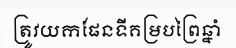
ត្រូវយកផែនទីគម្របព្រៃឆ្នាំ